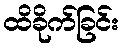
ထိခိုက်ခြင်း